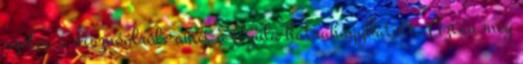
szólva a disznóólról, amit a Gyula hátrahagyhatott. Aztán meg